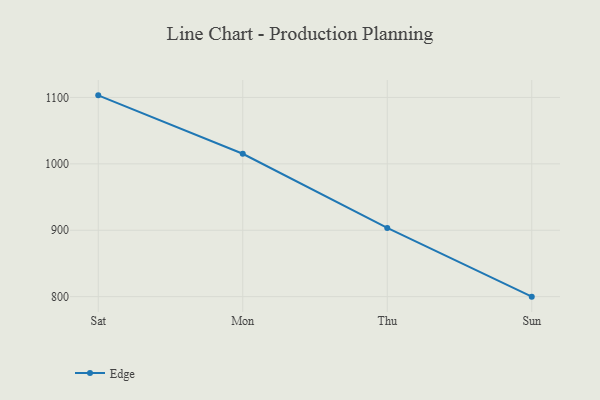
{"axis": {"x": "Day", "y": "Demand Index"}, "legend": ["Edge"], "data": [{"x": "Sat", "y": 1103.2, "type": "Edge"}, {"x": "Mon", "y": 1015.2, "type": "Edge"}, {"x": "Thu", "y": 903.5, "type": "Edge"}, {"x": "Sun", "y": 800, "type": "Edge"}]}